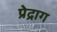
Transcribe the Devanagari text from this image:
प्रेद्राग